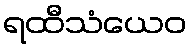
ရထီသံယေဝ